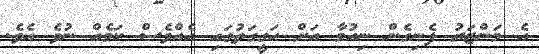
އެ މަންޒަރު ފެނިގެން ނިއުމާ އަށް ހަގީގަތުގައި އެއްވެސް ކަމެއް ނުވެ އެވެ.